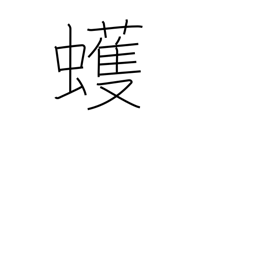
Meaning: geometer